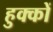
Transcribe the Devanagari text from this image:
हुक्कों